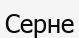
Серне